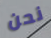
نحن